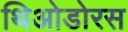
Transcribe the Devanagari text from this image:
थिओडोरस